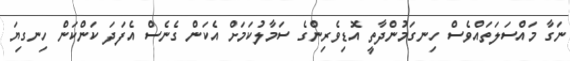
ނަގާ މައްސަލަތައްވެސް ހިނގަމުންދާތީ އޮޑިވެރިންގެ ސަމާލުކަމަށް އެކަން ގެނެސް އެފަދަ ކަންކަން ހިނގިޔަ